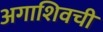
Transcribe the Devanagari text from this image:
अगाशिवची